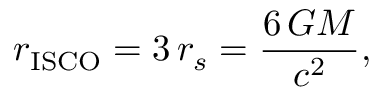
r _ { \mathrm { { I S C O } } } = 3 \, r _ { s } = { \frac { 6 \, G M } { c ^ { 2 } } } ,